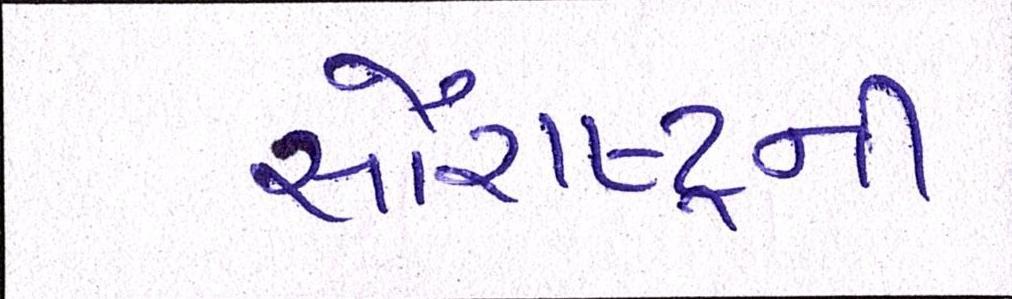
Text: સૌરાષ્ટ્ર્રની